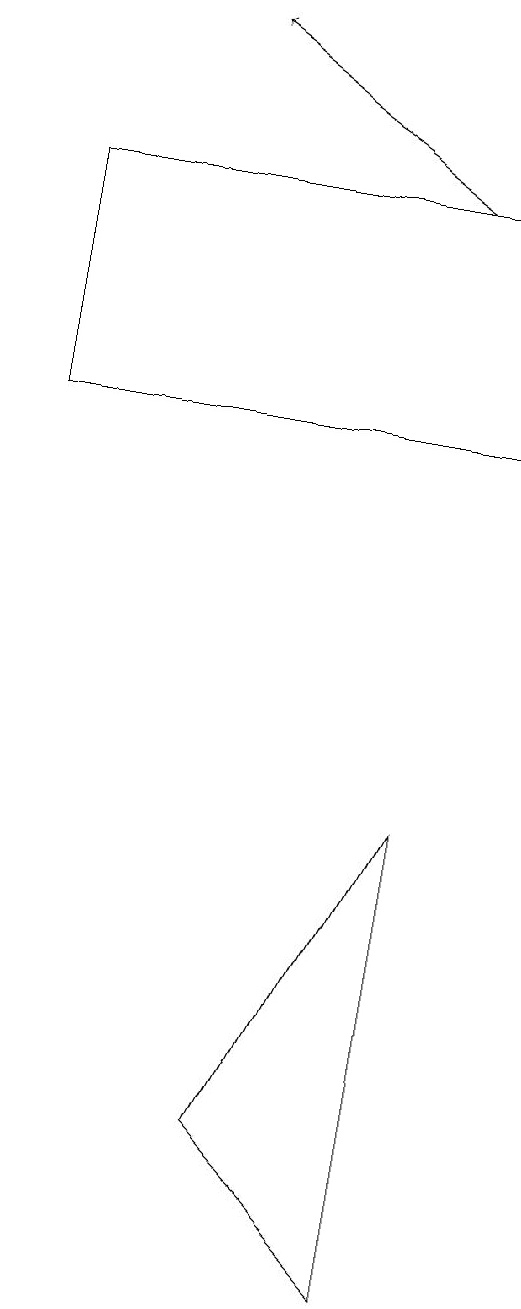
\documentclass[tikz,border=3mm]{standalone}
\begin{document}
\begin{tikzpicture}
\draw (1,15) rectangle (7,12);
\draw[->] (6,15) -- (3,17);
\draw (4,3) -- (6,7) -- (6,1) -- cycle;
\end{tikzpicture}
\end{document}